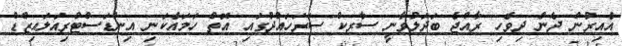
އެއިރުން ދެން ދިވެހި ރާއްޖެ ބަދަލުވާނީ ސާރކް ސަރަހައްދުގައި އޮތް ހަމައެކަނި އިންޑަސްޓްރިއަލައިޒްޑް